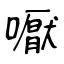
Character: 嚈